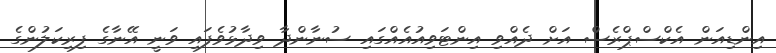
އިންޑިއަން އެކްސްޕްރެސް އަށް ދެއްވި އިންޓަވިއުއެއްގައި ސުނާންދާ ވިދާޅުވެފައި ވަނީ އޭނާގެ ފިރިކަލުންގެ